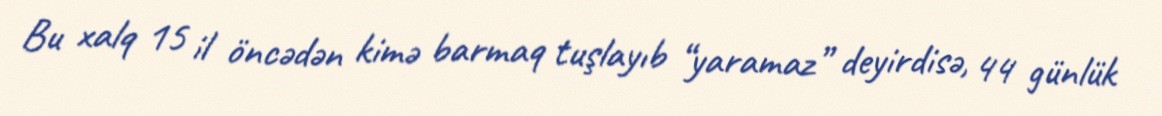
Bu xalq 15 il öncədən kimə barmaq tuşlayıb “yaramaz” deyirdisə, 44 günlük